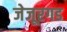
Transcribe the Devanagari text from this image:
जेजूरगड